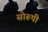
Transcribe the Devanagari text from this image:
सोरूपी